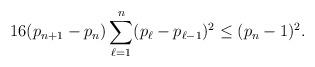
LaTeX: \begin{align*}16(p_{n+1}-p_n)\sum_{\ell=1}^n (p_\ell-p_{\ell-1})^2\leq(p_n-1)^2.\end{align*}